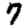
Digit: 7